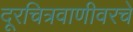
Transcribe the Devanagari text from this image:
दूरचित्रवाणीवरचे